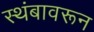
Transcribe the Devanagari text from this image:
स्थंबावरून